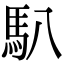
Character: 𩡩